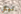
نيكي